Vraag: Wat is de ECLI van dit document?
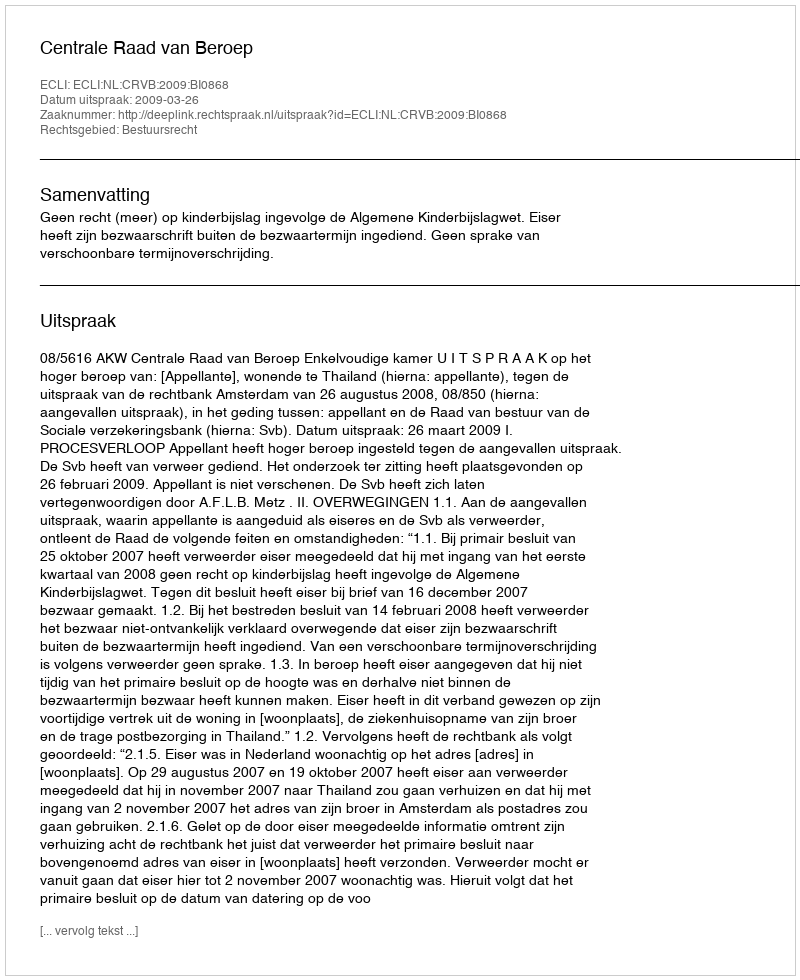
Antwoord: ECLI:NL:CRVB:2009:BI0868